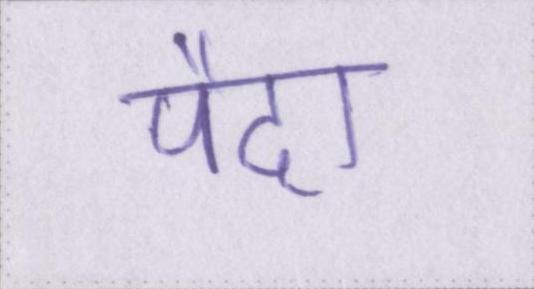
पैदा